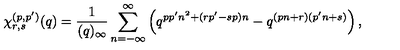
\chi _ { r , s } ^ { ( p , p ^ { \prime } ) } ( q ) = \frac { 1 } { ( q ) _ { \infty } } \sum _ { n = - \infty } ^ { \infty } \left( q ^ { p p ^ { \prime } n ^ { 2 } + ( r p ^ { \prime } - s p ) n } - q ^ { ( p n + r ) ( p ^ { \prime } n + s ) } \right) ,